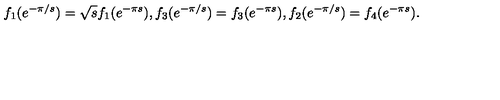
f _ { 1 } ( e ^ { - \pi / s } ) = \sqrt { s } f _ { 1 } ( e ^ { - \pi s } ) , f _ { 3 } ( e ^ { - \pi / s } ) = f _ { 3 } ( e ^ { - \pi s } ) , f _ { 2 } ( e ^ { - \pi / s } ) = f _ { 4 } ( e ^ { - \pi s } ) .